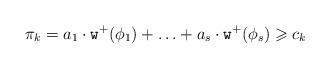
LaTeX: \begin{align*}\pi_k=a_1\cdot\mathtt{w}^+(\phi_1)+\ldots+a_s\cdot\mathtt{w}^+(\phi_s)\geqslant c_k\end{align*}